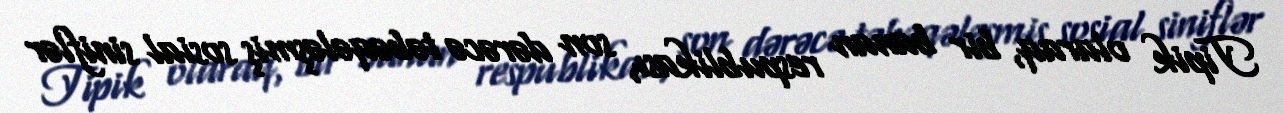
Tipik olaraq, bir banan respublikası, son dərəcə təbəqələşmiş sosial siniflər